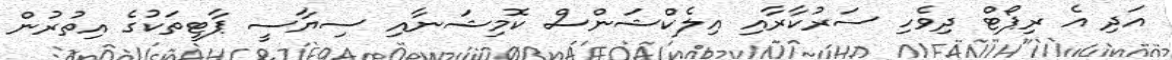
އަދި އެ ރިޕޯޓް ދިވެހި ސަރުކާރާއި އިލެކްޝަންސް ކޮމިޝަނާއި ސިޔާސީ ޕާޓީތަކުގެ އިތުރުން